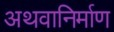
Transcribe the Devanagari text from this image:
अथवानिर्माण